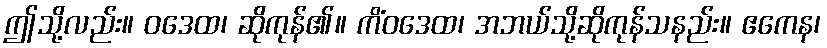
ဤသို့လည်း။ ဝဒေထ၊ ဆိုကုန်၏။ ကိံဝဒေထ၊ အဘယ်သို့ဆိုကုန်သနည်း။ ဧကေန၊